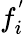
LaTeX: f_{i}^{'}